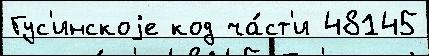
Гус'инскоjе код ча́ст'и 48145